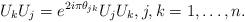
LaTeX: \begin{align*} U_kU_j = e^{2i\pi \theta_{jk}} U_jU_k, j,k=1, \ldots, n. \end{align*}